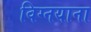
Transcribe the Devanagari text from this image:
विग्नयाना